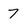
Character: 7